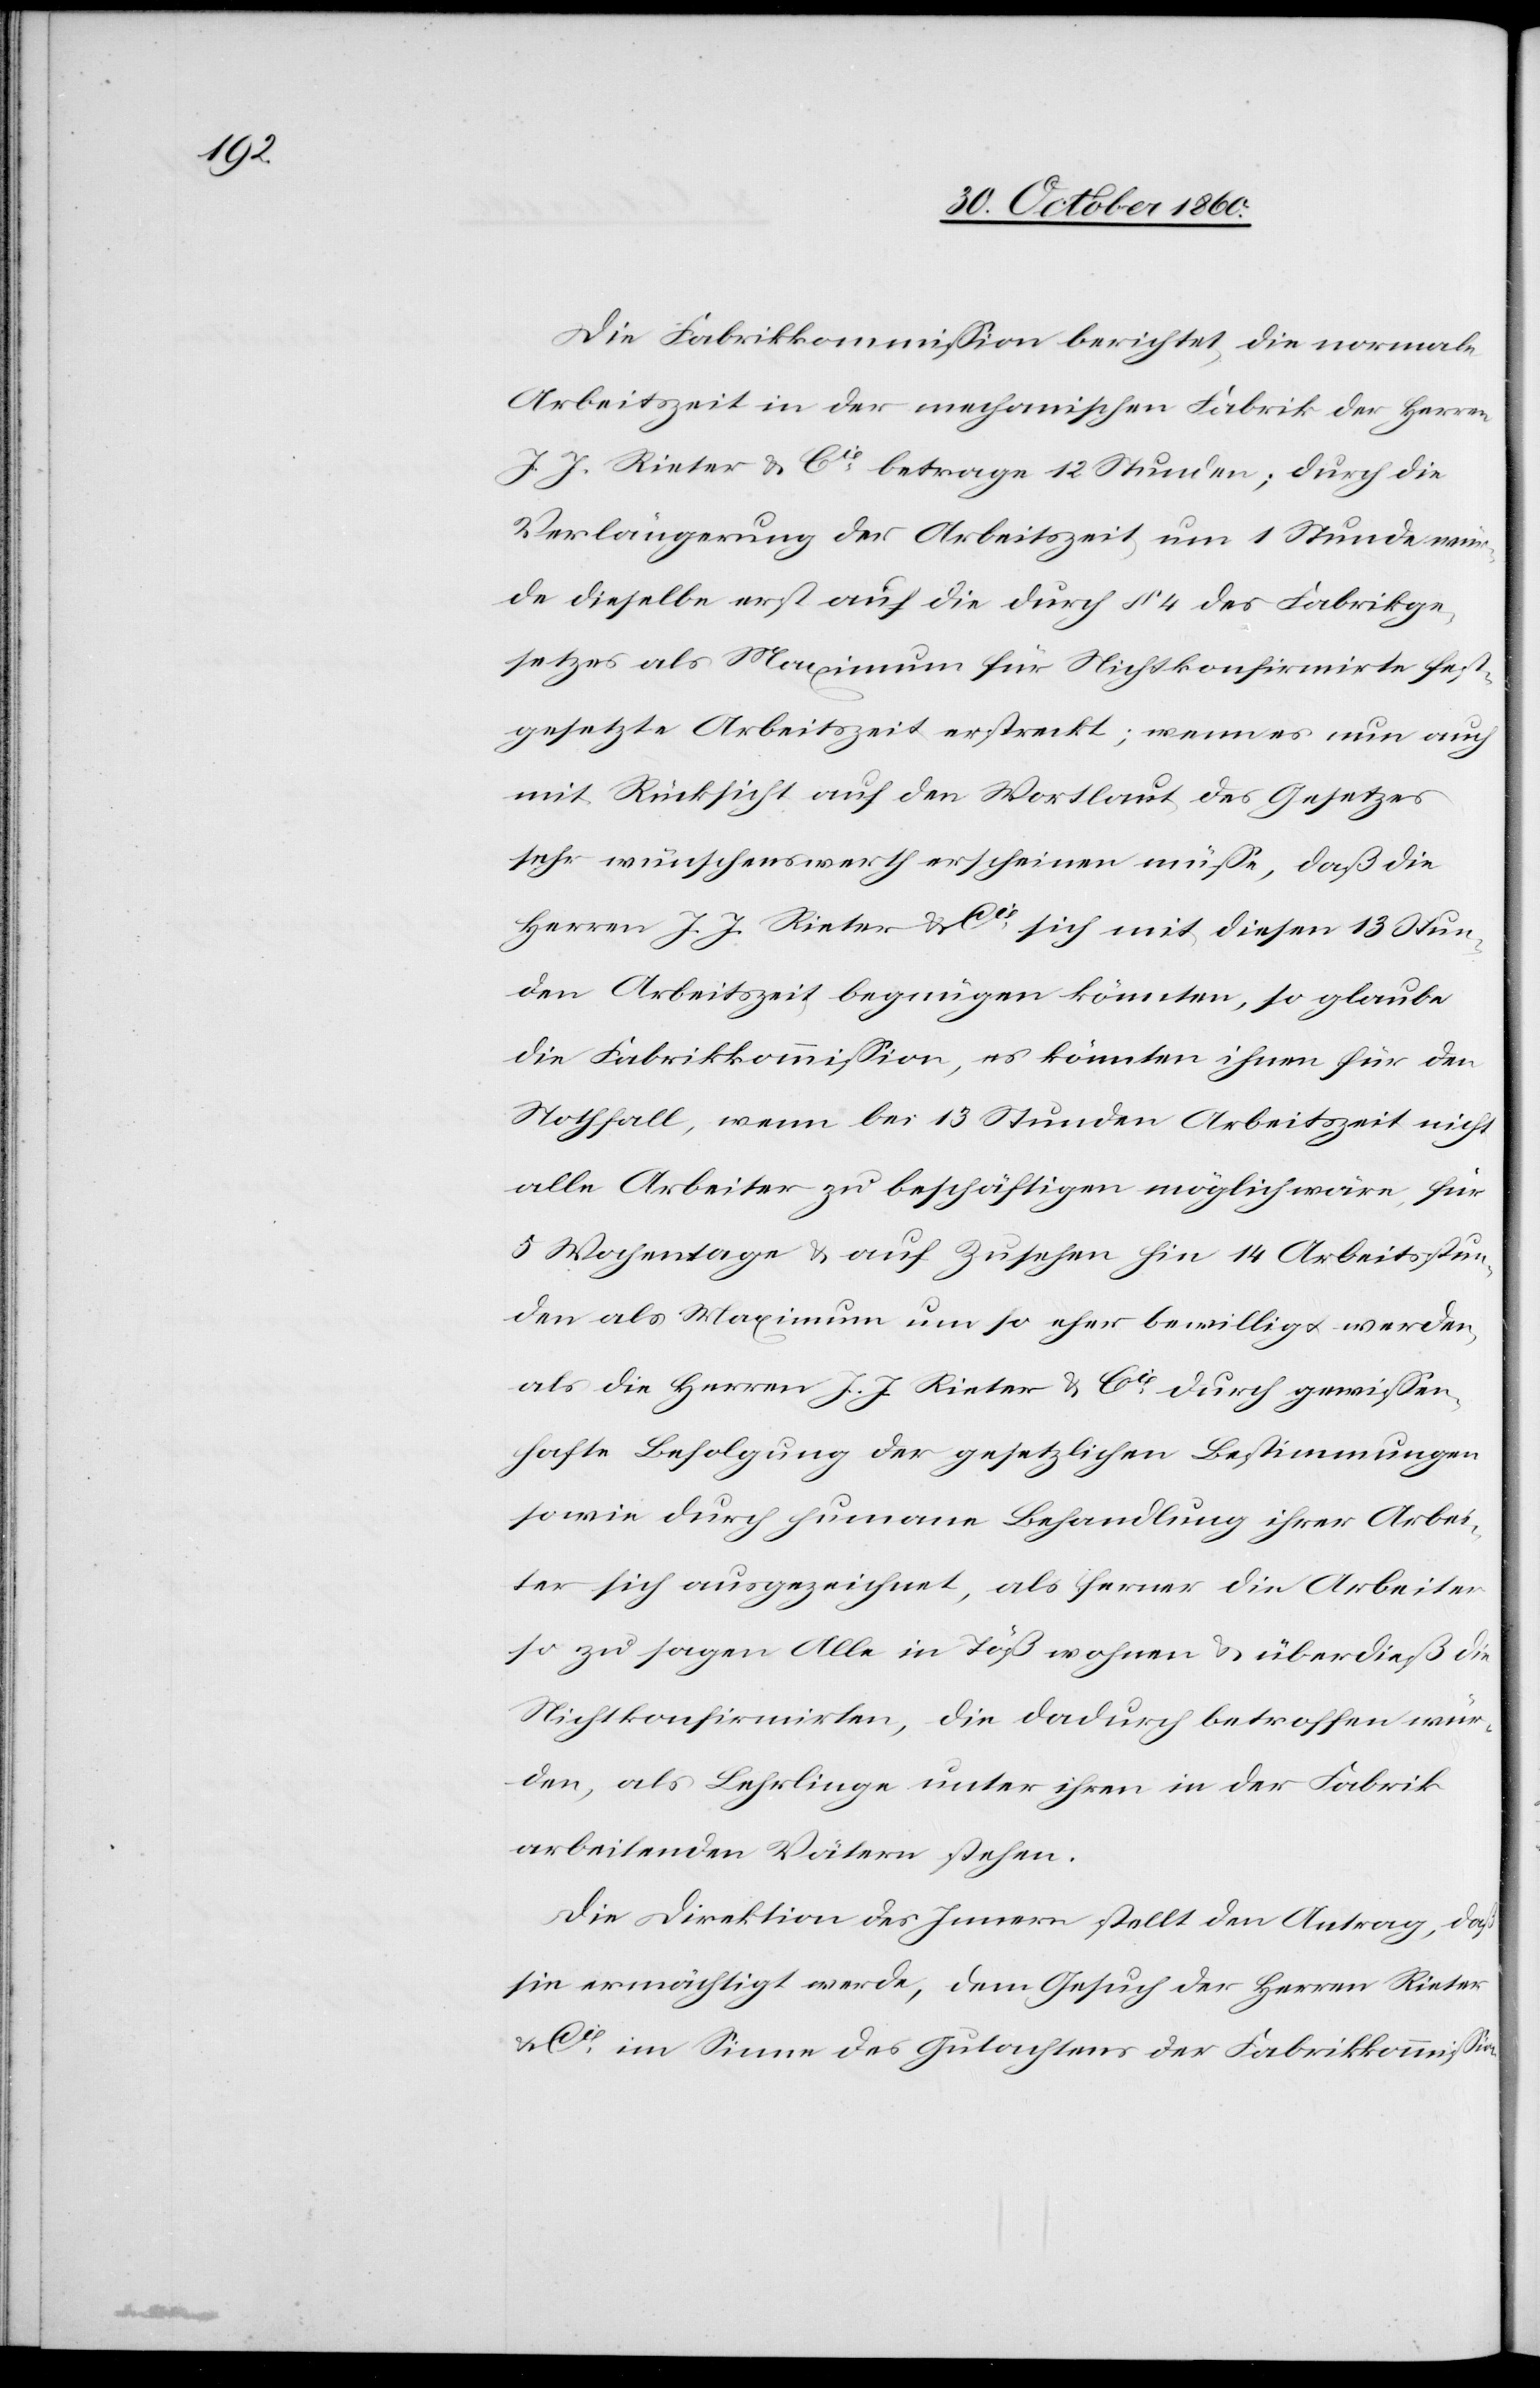
Die Fabrikkommission berichtet, die normale
Arbeitszeit in der mechanischen Fabrik der Herren
J. J. Rieter u. Cie betrage 12 Stunden; durch die
Verlängerung der Arbeitszeit um 1 Stunde wür¬
de dieselbe erst auf die durch § 4 des Fabrikge¬
setzes als Maximum für Nichtkonfirmirte fest¬
gesetzte Arbeitszeit erstreckt; wenn es nun auch
mit Rücksicht auf den Wortlaut des Gesetzes
sehr wünschenswerth erscheinen müsse, daß die
Herren J. J. Rieter & Cie sich mit diesen 13 Stun¬
den Arbeitszeit begnügen könnten, so glaube
die Fabrikkommission, es könnten ihnen für den
Nothfall, wenn bei 13 Stunden Arbeitszeit nicht
alle Arbeiter zu beschäftigen möglich wäre, für
5 Wochentage u. auf Zusehen hin 14 Arbeitsstun¬
den als Maximum um so eher bewilligt werden,
als die Herren J. J. Rieter & Cie durch gewissen¬
hafte Befolgung der gesetzlichen Bestimmungen
sowie durch humane Behandlung ihrer Arbei¬
ter sich ausgezeichnet, als ferner die Arbeiter
so zu sagen Alle in Töß wohnen u. überdieß die
Nichtkonfirmirten, die dadurch betroffen wür¬
den, als Lehrlinge unter ihren in der Fabrik
arbeitenden Vätern stehen.
Die Direktion des Innern stellt den Antrag, daß
sie ermächtigt werde, dem Gesuch der Herren Rieter
Cie im Sinne des Gutachtens der Fabrikkommission